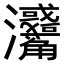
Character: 𤅳